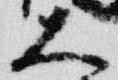
大